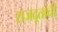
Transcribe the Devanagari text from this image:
राजदूतांची